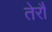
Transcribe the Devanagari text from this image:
तेरौ